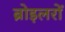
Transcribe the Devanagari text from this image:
ब्रोइलरों